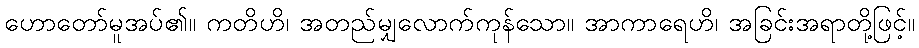
ဟောတော်မူအပ်၏။ ကတိဟိ၊ အတည်မျှလောက်ကုန်သော။ အာကာရေဟိ၊ အခြင်းအရာတို့ဖြင့်။